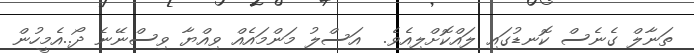
ތަނާލް ގެނެސް ކޮނޑުގައި ލައްކޮށްލިއެވެ.  އަސްލު މަންމައެއް ވިއްޔާ ވިސްނޭނެ ދޯ..އެމީހުން